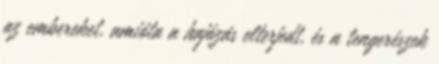
az embereket, amióta a hajózás elterjedt, és a tengerészek